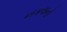
નકલનો